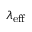
\lambda _ { \mathrm { e f f } }